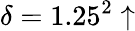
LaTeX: \delta=1.25^{2}\uparrow